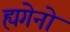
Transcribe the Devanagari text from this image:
ह्यगेनो